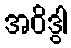
အဝိဒွါ